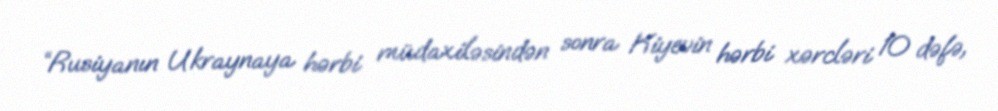
“Rusiyanın Ukraynaya hərbi müdaxiləsindən sonra Kiyevin hərbi xərcləri 10 dəfə,